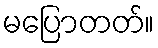
မပြောတတ်။